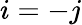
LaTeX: i=-j